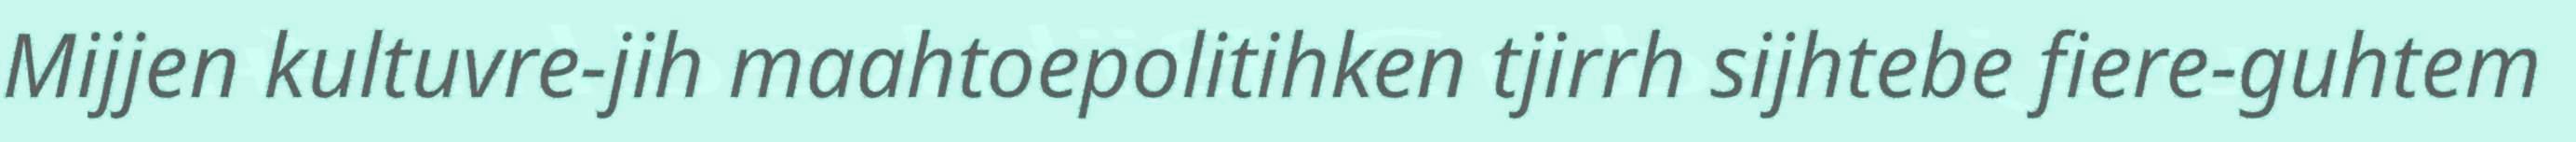
Mijjen kultuvre-jih maahtoepolitihken tjirrh sijhtebe fiere-guhtem